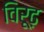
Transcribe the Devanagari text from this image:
विरूढ़